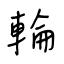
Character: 輪